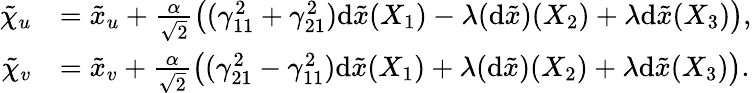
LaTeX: \begin{array}{rl}{\tilde{\chi}_{u}}&{=\tilde{x}_{u}+\frac{\alpha}{\sqrt{2}}\left((\gamma_{11}^{2}+\gamma_{21}^{2})\mathrm{d}\tilde{x}(X_{1})-\lambda(\mathrm{d}\tilde{x})(X_{2})+\lambda\mathrm{d}\tilde{x}(X_{3})\right),}\\ {\tilde{\chi}_{v}}&{=\tilde{x}_{v}+\frac{\alpha}{\sqrt{2}}\left((\gamma_{21}^{2}-\gamma_{11}^{2})\mathrm{d}\tilde{x}(X_{1})+\lambda(\mathrm{d}\tilde{x})(X_{2})+\lambda\mathrm{d}\tilde{x}(X_{3})\right).}\end{array}